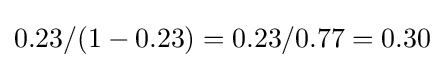
0.23/(1-0.23)=0.23/0.77=0.30